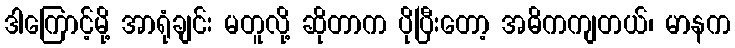
ဒါကြောင့်မို့ အာရုံချင်း မတူလို့ ဆိုတာက ပိုပြီးတော့ အဓိကကျတယ်၊ မာနက